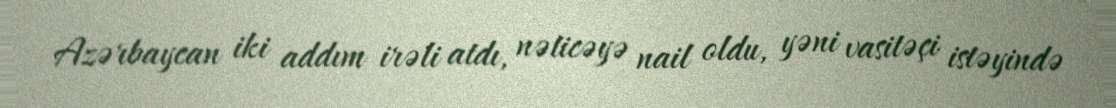
Azərbaycan iki addım irəli atdı, nəticəyə nail oldu, yəni vasitəçi istəyində